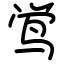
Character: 鸴